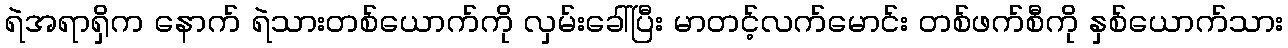
ရဲအရာရှိက နောက် ရဲသားတစ်ယောက်ကို လှမ်းခေါ်ပြီး မာတင့်လက်မောင်း တစ်ဖက်စီကို နှစ်ယောက်သား